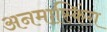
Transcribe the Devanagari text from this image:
अनमास्किंग